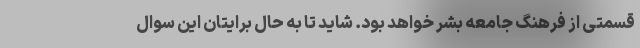
قسمتی از فرهنگ جامعه بشر خواهد بود. شاید تا به حال برایتان این سوال